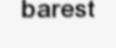
barest